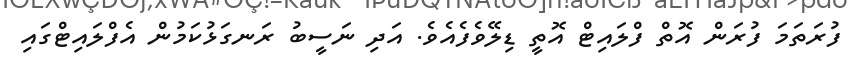
ފުރަތަމަ ފުރަން އޮތް ފްލައިޓް އޮތީ ޑިލޭވެފެއެވެ. އަދި ނަސީބު ރަނގަޅުކަމުން އެފްލައިޓްގައި